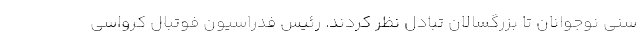
سنی نوجوانان تا بزرگسالان تبادل نظر کردند. رئیس فدراسیون فوتبال کرواسی